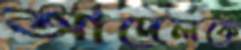
আদেলকে